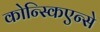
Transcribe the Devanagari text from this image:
कोन्स्किएन्से